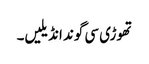
تھوڑی سی گوند انڈیلیں۔